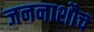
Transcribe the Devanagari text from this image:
जननाशौच